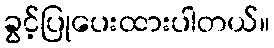
ခွင့်ပြုပေးထားပါတယ်။